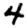
Digit: 4